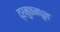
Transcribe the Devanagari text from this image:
द्रमुकमधून